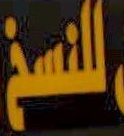
للنسخ